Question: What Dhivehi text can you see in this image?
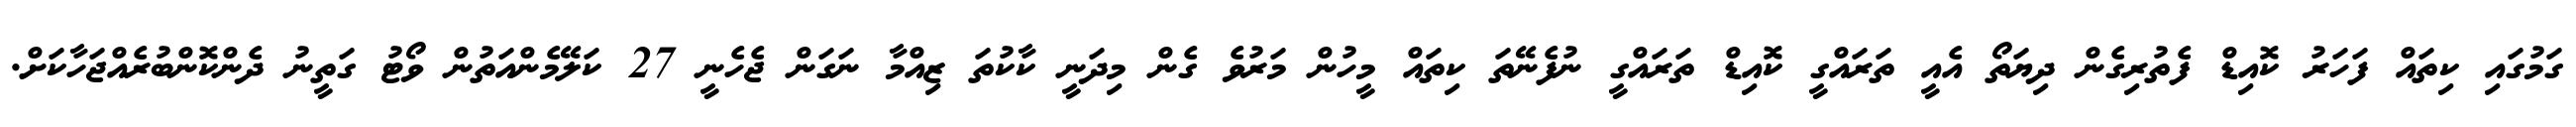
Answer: ގަމުގައި ކިތައް ފަހަރު ކޮއިޑް ފެތުރިގެން ދިޔަތޯ އެއީ ތަރައްގީ ކޮއިޑް ތަރައްގީ ނުފެނޭތަ ކިތައް މީހުން މަރުވެ ގެން މިދަނީ ކާކުތަ ޒިއްމާ ނަގަން ޖެހެނީ 27 ކަލޭމެންއަތުން ވޯޓު ގަތީނު ދެންކޮންބުރެއްޖަހާކަށް.